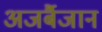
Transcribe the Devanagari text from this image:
अजर्बैजान